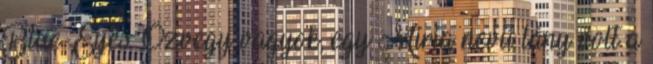
Blue-Eyes. Özvegy vagyok, egy Miria nevű lány volt a